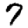
Digit: 7